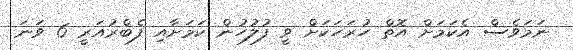
ނަމަވެސް އެކަމަށް އޮތް ހުރަހަކަށް ވީ ފުލުހުން ކަމަށާއި ފެބްރުއަރީ 6 ވަނަ